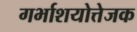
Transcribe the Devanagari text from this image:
गर्भाशयोत्तेजक